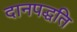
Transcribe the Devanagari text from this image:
दानपद्धति